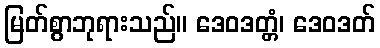
မြတ်စွာဘုရားသည်။ ဒေဝဒတ္တံ၊ ဒေဝဒတ်